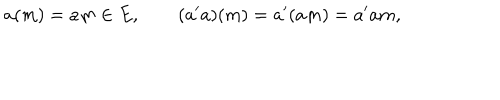
a ( m ) = a m \in E , \qquad ( a ^ { \prime } a ) ( m ) = a ^ { \prime } ( a m ) = a ^ { \prime } a m ,